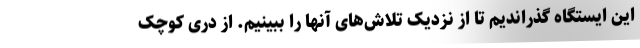
این ایستگاه گذراندیم تا از نزدیک تلاش‌های آنها را ببینیم. از دری کوچک